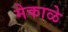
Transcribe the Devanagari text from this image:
मेकाळे